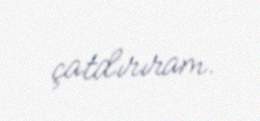
çatdırıram.